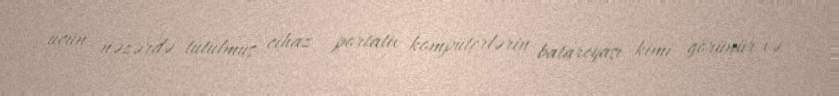
üçün nəzərdə tutulmuş cihaz portativ kompüterlərin batareyası kimi görünür və